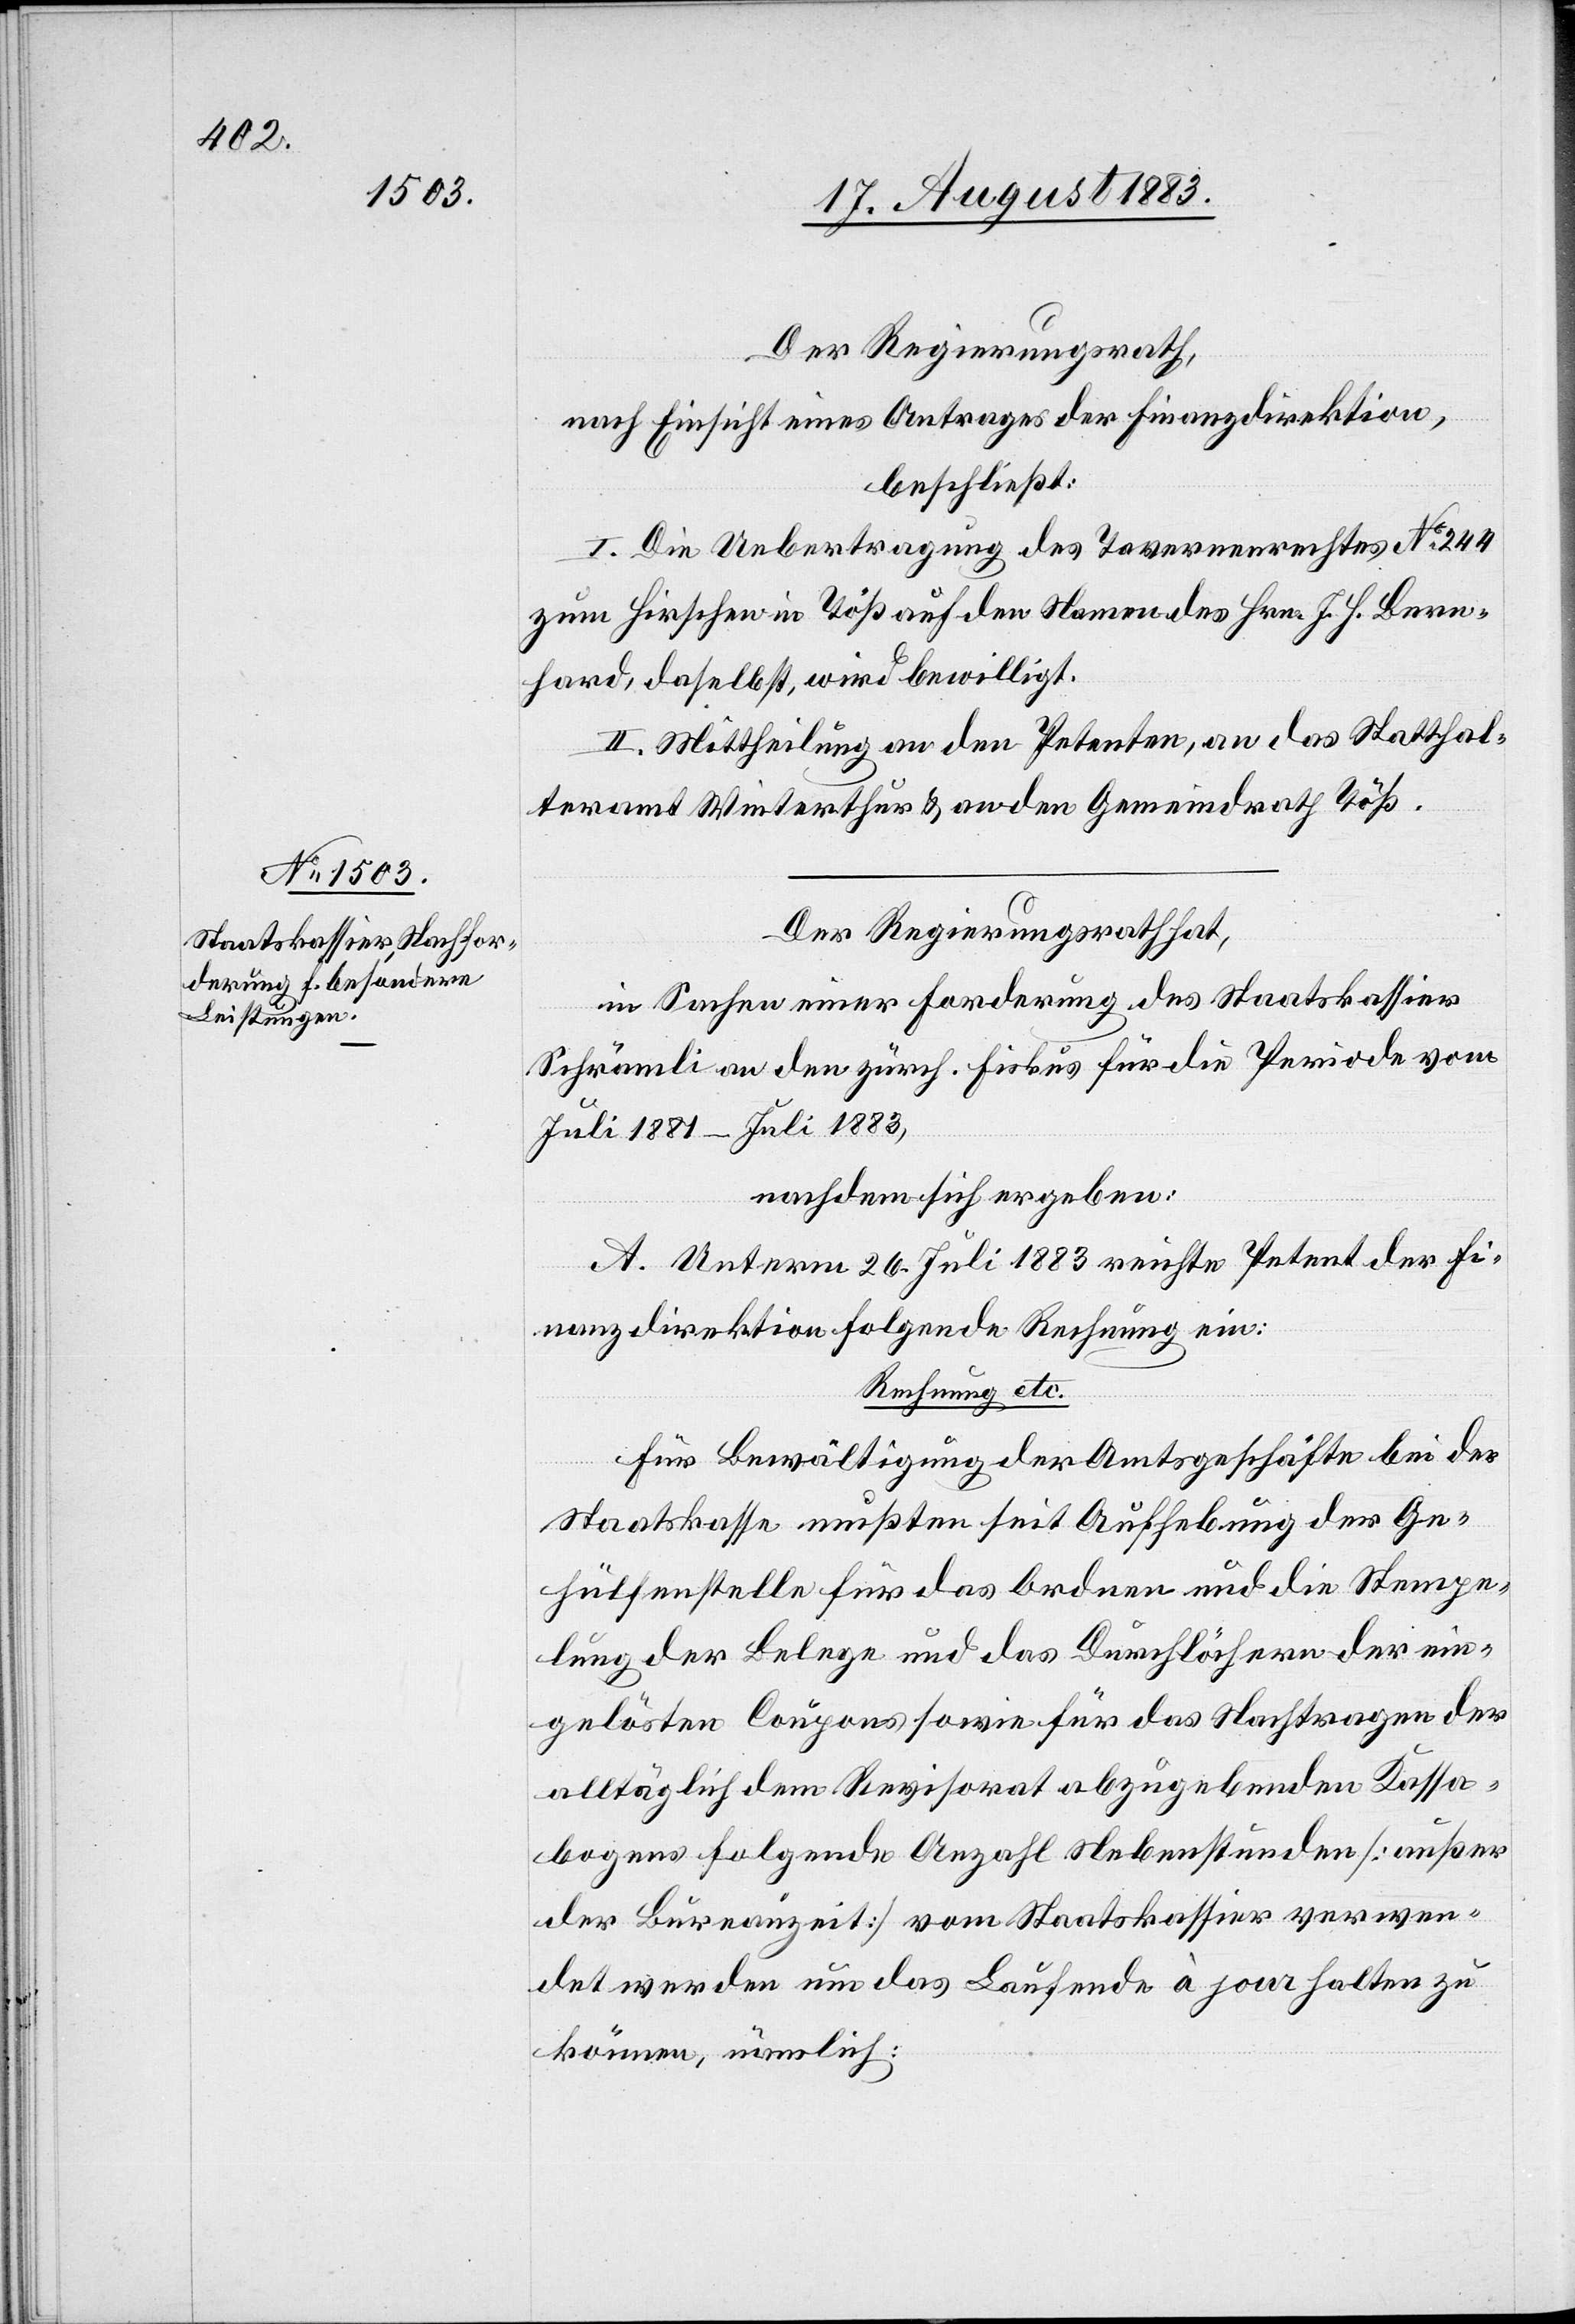
Der Regierungsrath,
nach Einsicht eines Antrages der Finanzdirektion,
beschließt:
I. Die Uebertragung des Tavernenrechtes No 244
zum Hirschen in Töß auf den Namen des Hrn. J. H. Bern¬
hard, daselbst, wird bewilligt.
II. Mittheilung an den Petenten, an das Statthal¬
teramt Winterthur & an den Gemeindrath Töß.
Der Regierungsrath hat,
in Sachen einer Forderung des Staatskassier
Schrämli an den zürch. Fiskus für die Periode vom
Juli 1881–Juli 1883,
nachdem sich ergeben:
A. Unterm 26. Juli 1883 reichte Petent der Fi¬
nanzdirektion folgende Rechnung ein:
Rechnung etc.
Für Bewältigung der Amtsgeschäfte bei der
Staatskasse mußten seit Aufhebung der Ge¬
hülfenstelle für das Ordnen und die Stempe¬
lung der Belege und das Durchlöchern der ein¬
gelösten Coupons sowie für das Nachtragen der
alltäglich dem Revisorat abzugebenden Kassa¬
bogens folgende Anzahl Nebenstunden [außer
der Bureauzeit] vom Staatskassier verwen¬
det werden um das Laufende à jour halten zu
können, nämlich: